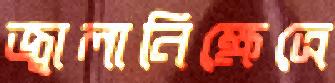
জ্বালানিক্ষেত্রে